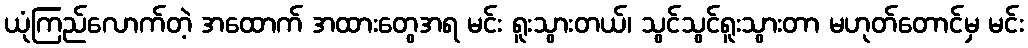
ယုံကြည်လောက်တဲ့ အထောက် အထားတွေအရ မင်း ရူးသွားတယ်၊ သွင်သွင်ရူးသွားတာ မဟုတ်တောင်မှ မင်း